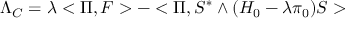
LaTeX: \Lambda _ { C } = \lambda < \Pi , F > - < \Pi , S ^ { * } \wedge ( H _ { 0 } - \lambda \pi _ { 0 } ) S >